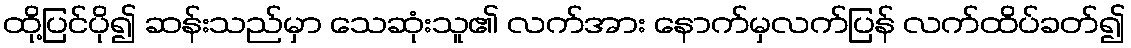
ထို့ပြင်ပို၍ ဆန်းသည်မှာ သေဆုံးသူ၏ လက်အား နောက်မှလက်ပြန် လက်ထိပ်ခတ်၍